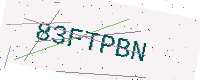
Text: 83FTPBN